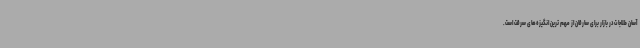
آسان طلاجات در بازار برای سارقان از مهم ترین انگیزه‌های سرقت است.